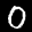
Label: 0